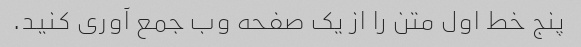
پنج خط اول متن را از یک صفحه وب جمع آوری کنید.